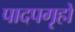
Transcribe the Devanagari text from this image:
पादपगृहों